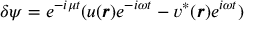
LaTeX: \delta \psi = e ^ { - i \mu t } ( u ( { \boldsymbol { r } } ) e ^ { - i \omega t } - v ^ { * } ( { \boldsymbol { r } } ) e ^ { i \omega t } )